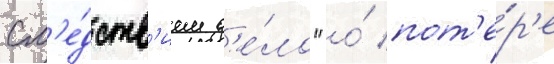
сл'е́дств'ием д'е́ло "о́ пот'е́р'е